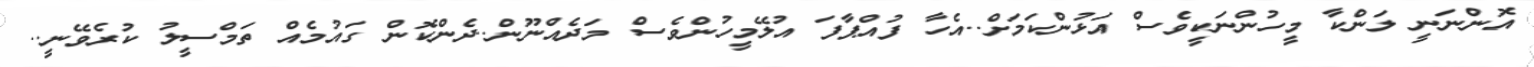
އޮންނަނީ ލަންކާ މީހުންނަކީވެސް އަޅުންކަމަށް..އެހާ ފުއްޕާފަ އުލޭމީހުންވެސް މަދެއްނޫން..ދެންކޮން ގައުމެއް ތަމްސީލު ކުރެވޭނީ..